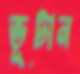
ভূটান